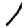
Digit: 1